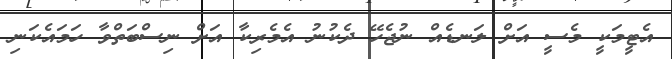
އެޓީމަކީ މެސީ އަށް ލަނޑެއް ނުޖެހޭ ދެކުނު އެމެރިކާ އަށް ނިސްބަތްވާ ހަމައެކަނި